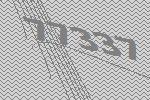
77337